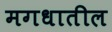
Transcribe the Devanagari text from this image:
मगधातील